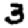
Digit: 3